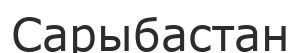
Сарыбастан